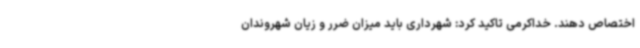
اختصاص دهند. خداکرمی تاکید کرد: شهرداری باید میزان ضرر و زیان شهروندان